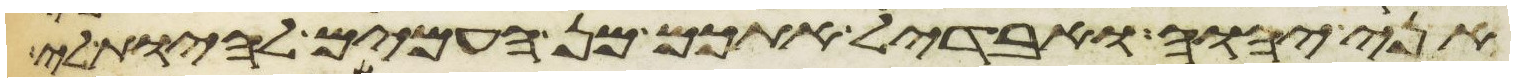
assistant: אני יהוה ואבדיל אתכם מן העמים להיות לי